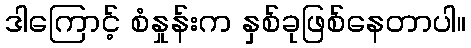
ဒါကြောင့် စံနှုန်းက နှစ်ခုဖြစ်နေတာပါ။